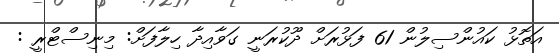
އަތޮޅު ކައުންސިލުން 61 ފަޅުރަށް ދޫކުރަނީ ގަވާއިދާ ހިލާފަށް: މިނިސްޓްރީ :